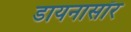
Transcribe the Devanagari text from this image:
डायनासॉर